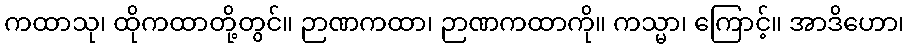
ကထာသု၊ ထိုကထာတို့တွင်။ ဉာဏကထာ၊ ဉာဏကထာကို။ ကသ္မာ၊ ကြောင့်။ အာဒိဟော၊